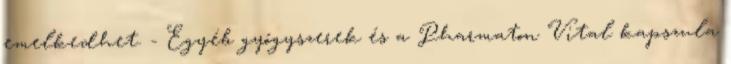
emelkedhet. - Egyéb gyógyszerek és a Pharmaton Vital kapszula